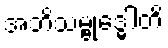
အဘိသမ္ဗုဒ္ဓေါတိ